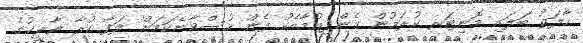
ހާލަތު ބަލައި މޮނިޓަރ ކުރަމުން ގެންދިއުމާއެކު ފެން ހުސްވާނެކަމަށް ލަފާ ކުރާ ތާރީޚުގެ